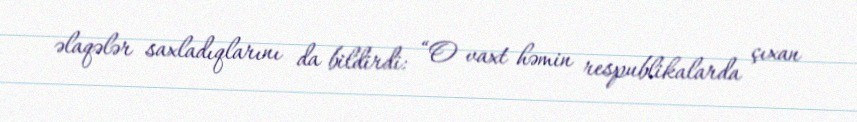
əlaqələr saxladıqlarını da bildirdi: “O vaxt həmin respublikalarda çıxan